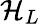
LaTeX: \mathcal{H}_{L}